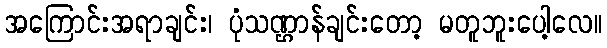
အကြောင်းအရာချင်း၊ ပုံသဏ္ဌာန်ချင်းတော့ မတူဘူးပေါ့လေ။